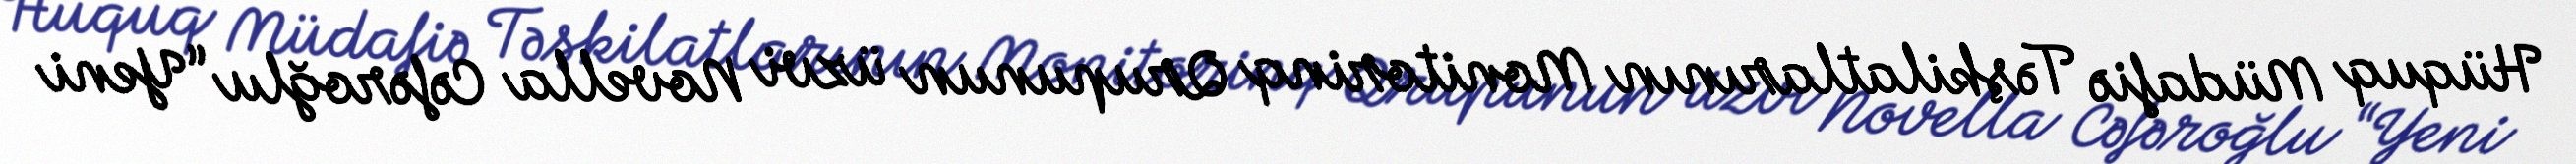
Hüquq Müdafiə Təşkilatlarının Monitorinq Qrupunun üzvi Novella Cəfəroğlu “Yeni